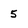
Character: 5